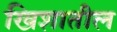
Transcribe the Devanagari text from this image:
खिशातील